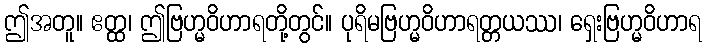
ဤအတူ။ ဧတ္ထ၊ ဤဗြဟ္မဝိဟာရတို့တွင်။ ပုရိမဗြဟ္မဝိဟာရတ္တယဿ၊ ရှေးဗြဟ္မဝိဟာရ